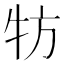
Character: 牥